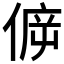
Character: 𠊴